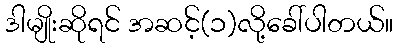
ဒါမျိုးဆိုရင် အဆင့်(၁)လို့ခေါ်ပါတယ်။